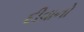
દીવાનો